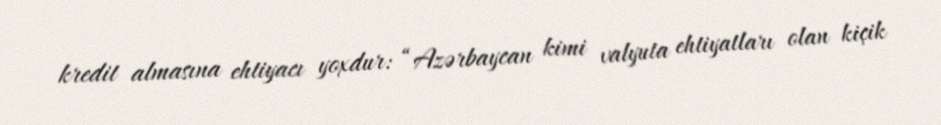
kredit almasına ehtiyacı yoxdur: “Azərbaycan kimi valyuta ehtiyatları olan kiçik